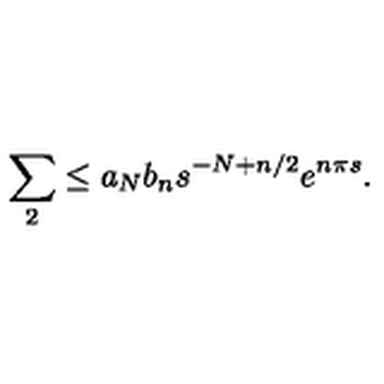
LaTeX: \sum _ { 2 } \leq a _ { N } b _ { n } s ^ { - N + n / 2 } e ^ { n \pi s } .